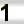
Digit: 1